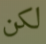
لكن